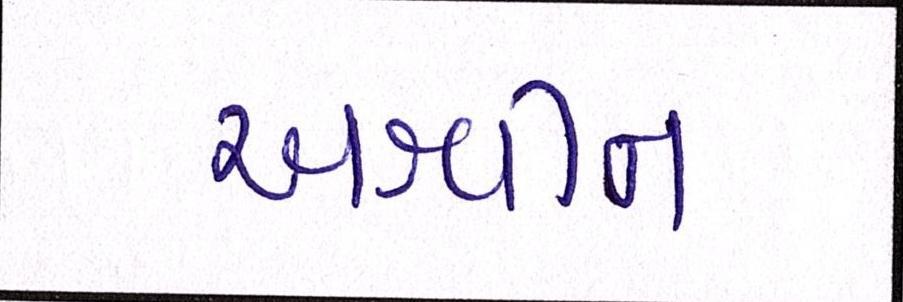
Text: અશ્વીન